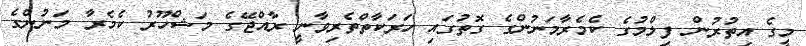
މީގެ އިތުރުން ފިލްމުގެ ކެމެރާމަނުންގެ ގޮތުގައި ހަރަކާތްތެރިވާނީ ރާއްޖޭގެ މަޝްހޫރު ކެމެރާ މަނުންގެ